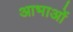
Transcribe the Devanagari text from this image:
आभाओं